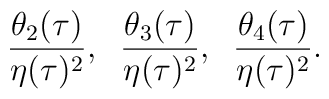
\frac{\theta_{2}(\tau)}{\eta(\tau)^{2}},\;\; \frac{\theta_{3}(\tau)}{\eta(\tau)^{2}},\;\;\frac{\theta_{4}(\tau)}{\eta(\tau)^{2}}.